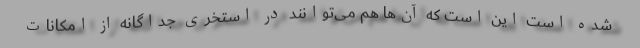
‌شده ‌است این است که آن‌ها هم می‌توانند در استخری جداگانه از امکانات